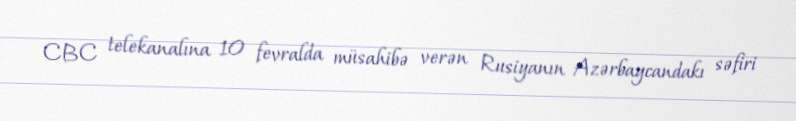
CBC telekanalına 10 fevralda müsahibə verən Rusiyanın Azərbaycandakı səfiri